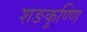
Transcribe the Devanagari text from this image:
शङकुण्णि